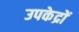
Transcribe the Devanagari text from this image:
उपकेद्रों